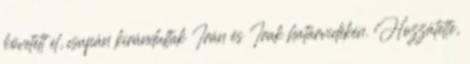
követett el, csupán kirándultak Irán és Irak határvidékén. Hozzátette,